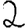
Digit: 2